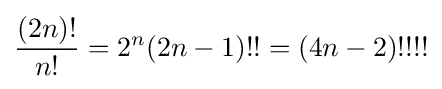
{\frac {(2n)!}{n!}}=2^{n}(2n-1)!!=(4n-2)!!!!